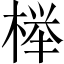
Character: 榉